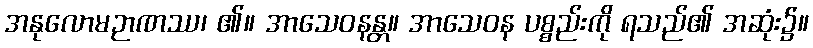
အနုလောမဉာဏဿ၊ ၏။ အာသေဝနန္တ။ အာသေဝန ပစ္စည်းကို ရသည်၏ အဆုံး၌။